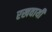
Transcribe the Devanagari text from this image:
रखवायी